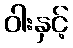
ဝါးနှင့်